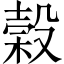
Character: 榖